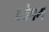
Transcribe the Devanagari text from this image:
क्वेपम